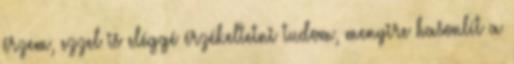
érzem, ezzel is eléggé érzékeltetni tudom, menyire hasonlít a